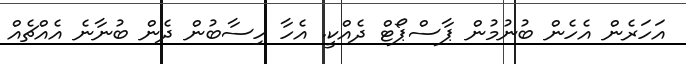
އަހަރެން އެހެން ބުނުމުން ޕާސްޕޯޓް ދެއްކީ. އެހާ ހިސާބުން ދެން ބުނާނެ އެއްޗެއް